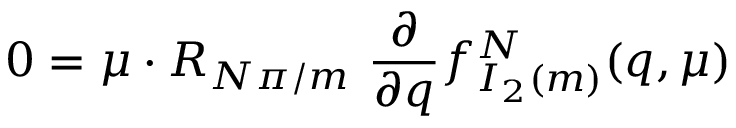
0 = \mu \cdot R _ { { N \pi } / m } \ { \frac { \partial } { \partial q } } f _ { I _ { 2 } ( m ) } ^ { N } ( q , \mu )